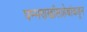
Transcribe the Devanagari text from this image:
घम्मणखाँसाहेबांकडून